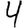
Digit: 4